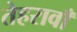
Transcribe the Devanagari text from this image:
तेहरावाँ